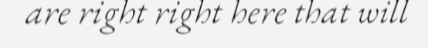
are right right here that will